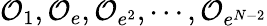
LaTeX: {\cal O}_{1},{\cal O}_{e},{\cal O}_{e^{2}},\cdots,{\cal O}_{e^{N-2}}